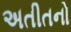
અતીતનો